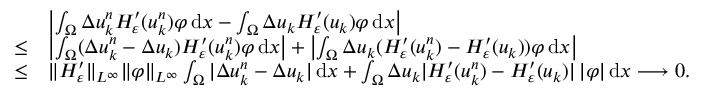
\begin{array} { r l } & { \left| \int _ { \Omega } \Delta u _ { k } ^ { n } H _ { \varepsilon } ^ { \prime } ( u _ { k } ^ { n } ) \varphi \, \mathrm { d } x - \int _ { \Omega } \Delta u _ { k } H _ { \varepsilon } ^ { \prime } ( u _ { k } ) \varphi \, \mathrm { d } x \right| } \\ { \le } & { \left| \int _ { \Omega } ( \Delta u _ { k } ^ { n } - \Delta u _ { k } ) H _ { \varepsilon } ^ { \prime } ( u _ { k } ^ { n } ) \varphi \, \mathrm { d } x \right| + \left| \int _ { \Omega } \Delta u _ { k } ( H _ { \varepsilon } ^ { \prime } ( u _ { k } ^ { n } ) - H _ { \varepsilon } ^ { \prime } ( u _ { k } ) ) \varphi \, \mathrm { d } x \right| } \\ { \le } & { \| H _ { \varepsilon } ^ { \prime } \| _ { L ^ { \infty } } \| \varphi \| _ { L ^ { \infty } } \int _ { \Omega } | \Delta u _ { k } ^ { n } - \Delta u _ { k } | \, \mathrm { d } x + \int _ { \Omega } \Delta u _ { k } | H _ { \varepsilon } ^ { \prime } ( u _ { k } ^ { n } ) - H _ { \varepsilon } ^ { \prime } ( u _ { k } ) | \, | \varphi | \, \mathrm { d } x \longrightarrow 0 . } \end{array}